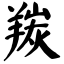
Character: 羰